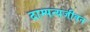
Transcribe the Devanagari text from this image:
दाम्पत्यजीवन